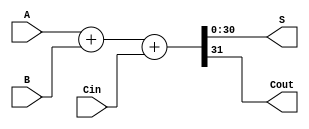
`timescale 1ns / 1ps
//-------------------------------------------------------
// Title        : ADDER.
// Library      : nanoLADA
// Purpose      : Computer Architecture
// Developers   : Krerk Piromsopa, Ph. D.
//              : Chulalongkorn University.
module adder(S,Cout,A,B,Cin);
parameter WIDTH=31;
output	[WIDTH-1:0]	S;
output				Cout;
input	[WIDTH-1:0]	A;
input	[WIDTH-1:0]	B;
input				Cin;

assign {Cout,S}=A+B+Cin;

endmodule